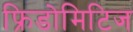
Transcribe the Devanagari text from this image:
फ्रिडोमिटिज